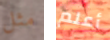
مثل أعلم